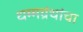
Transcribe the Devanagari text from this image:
धम्मग्रंथांचा